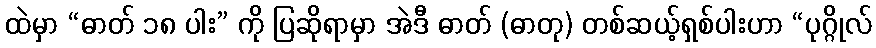
ထဲမှာ “ဓာတ် ၁၈ ပါး” ကို ပြဆိုရာမှာ အဲဒီ ဓာတ် (ဓာတု) တစ်ဆယ့်ရှစ်ပါးဟာ “ပုဂ္ဂိုလ်